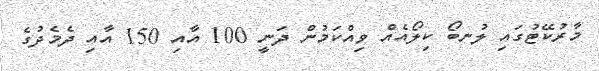
މާރުކޭޓުގައި ލުނބޯ ކިލޯއެއް ވިއްކަމުން ދަނީ 100 އާއި 150 އާއި ދެމެދުގެ